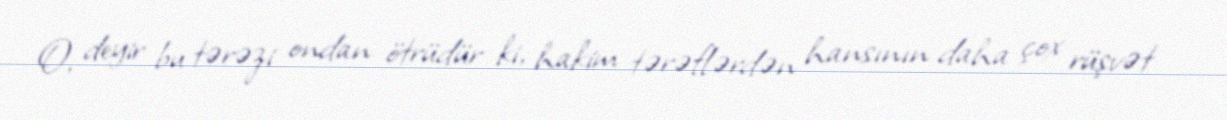
O, deyir bu tərəzi ondan ötrüdür ki, hakim tərəflərdən hansının daha çox rüşvət